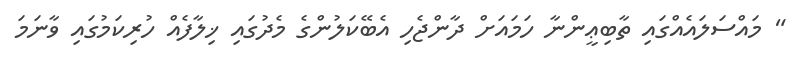
" މައްސަލައެއްގައި ތާބިޢީންނާ ހަމައަށް ދާންޖެހި އެބޭކަލުންގެ މެދުގައި ޚިލާފެއް ހުރިކަމުގައި ވާނަމަ